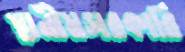
স্থানীয়সরকারি